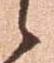
候